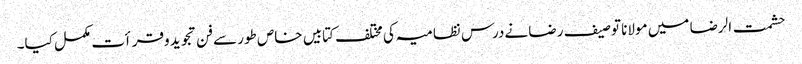
حشمت الرضا میں مولانا توصیف رضا نےدرس نظامیہ کی مختلف کتابیں خاص طور سےفن تجوید وقرأت مکمل کیا۔